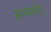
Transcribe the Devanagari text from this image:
सन्मार्गाग्